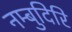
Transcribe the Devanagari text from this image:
नम्बुदिरि